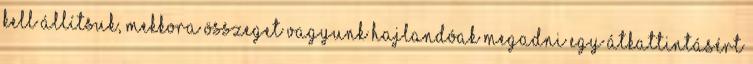
kell állítsuk, mekkora összeget vagyunk hajlandóak megadni egy átkattintásért